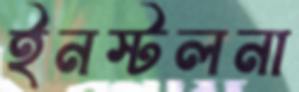
ইনস্টলনা